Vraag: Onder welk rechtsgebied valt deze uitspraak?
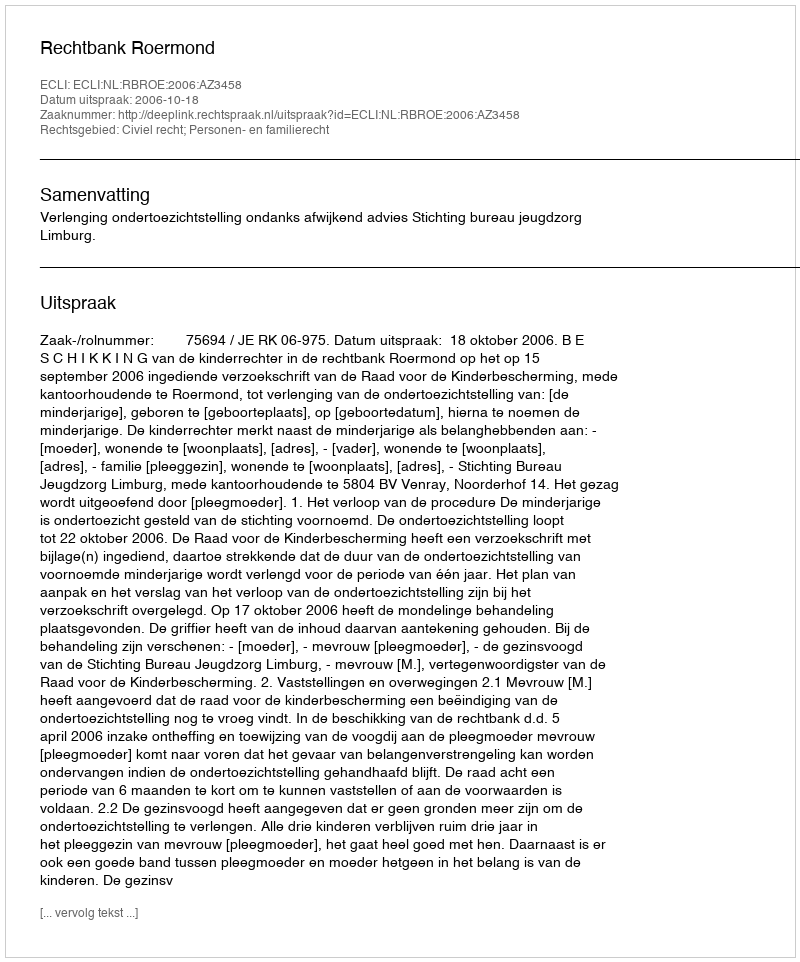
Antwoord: Civiel recht; Personen- en familierecht